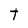
Character: T